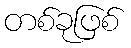
တစ်ခုဖြစ်